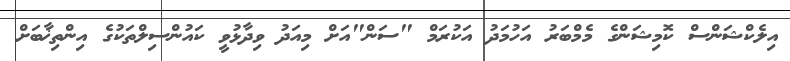
އިލެކްޝަންސް ކޮމިޝަންގެ މެމްބަރު އަހުމަދު އަކުރަމް "ސަން"އަށް މިއަދު ވިދާޅުވީ ކައުންސިލްތަކުގެ އިންތިޚާބަށް